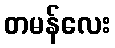
တမန်လေး